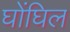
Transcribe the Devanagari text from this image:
घोंघिल